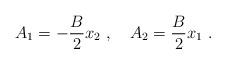
LaTeX: \begin{align*}A_1 = -\frac{B}{2} x_2\ ,\quad A_2 = \frac{B}{2} x_1\ .\end{align*}